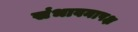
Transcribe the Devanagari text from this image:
संभावनापक्ष